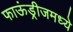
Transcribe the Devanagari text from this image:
फाऊंड्रीजमध्ये